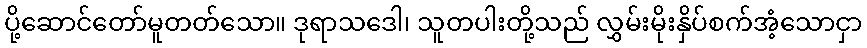
ပို့ဆောင်တော်မူတတ်သော။ ဒုရာသဒေါ၊ သူတပါးတို့သည် လွှမ်းမိုးနှိပ်စက်အံ့သောငှာ